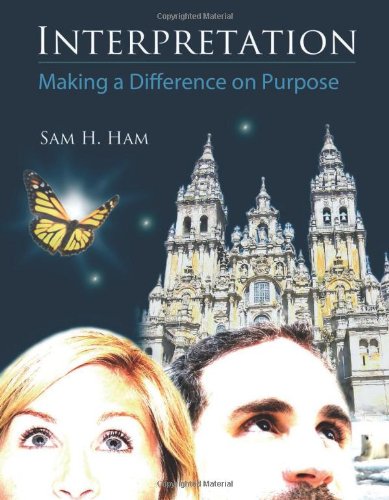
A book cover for Interpretation-Making a Difference on Purpose; Sam H. Ham; Reference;